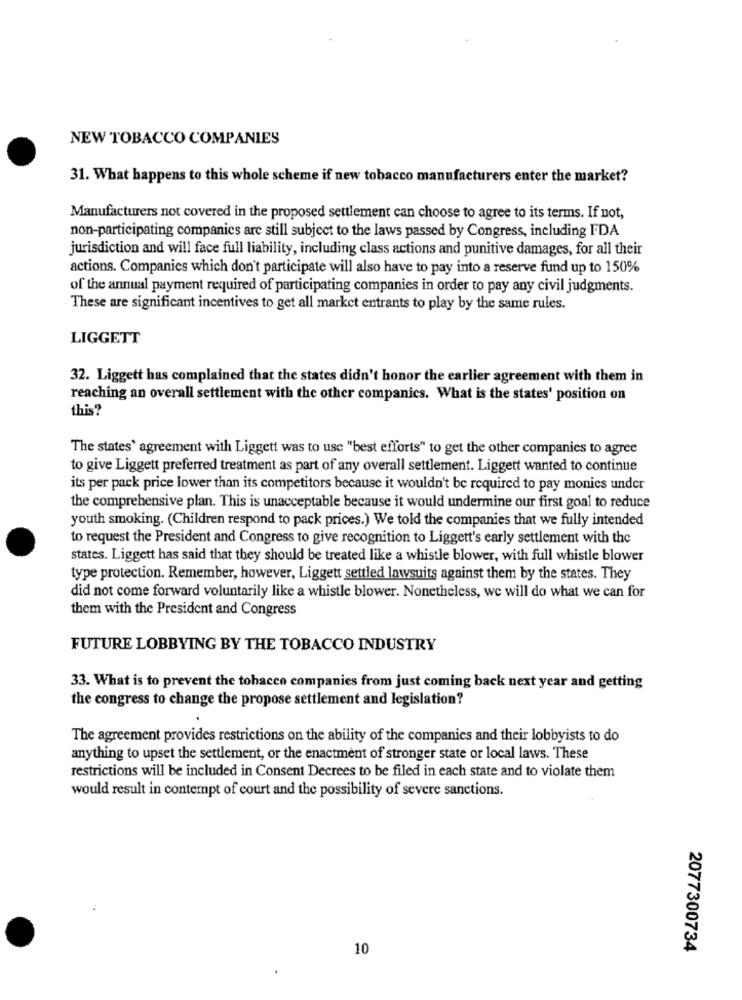
NEW TOBACCO COMPANIES
31. What happens to this whole scheme if new tobacco manufacturers enter the market?
Manufacturers not covered in the proposed settlement can choose to agree to its terms. If not,
non-participating companies are still subject to the laws passed by Congress, including FDA
jurisdiction and will face full liability, including class actions and punitive damages, for all their
actions. Companies which don't participate will also have to pay into a reserve fund up to 150%
of the annual payment required of participating companies in order to pay any civil judgments.
These are significant incentives to get all market entrants to play by the same rules.
LIGGETT
32. Liggett has complained that the states didn't honor the earlier agreement with them in
reaching an overall settlement with the other companies. What is the states' position on
this?
The states' agreement with Liggett was to use "best efforts" to get the other companies to agree
to give Liggett preferred treatment as part of any overall settlement. Liggett wanted to continue
its per pack price lower than its competitors because it wouldn't be required to pay monies under
the comprehensive plan. This is unacceptable because it would undermine our first goal to reduce
youth smoking. (Children respond to pack prices.) We told the companies that we fully intended
to request the President and Congress to give recognition to Liggett's early settlement with the
states. Liggett has said that they should be treated like a whistle blower, with full whistle blower
type protection. Remember, however, Liggett settled lawsuits against them by the states. They
did not come forward voluntarily like a whistle blower. Nonetheless, we will do what we can for
them with the President and Congress
FUTURE LOBBYING BY THE TOBACCO INDUSTRY
33. What is to prevent the tobacco companies from just coming back next year and getting
the congress to change the propose settlement and legislation?
The agreement provides restrictions on the ability of the companies and their lobbyists to do
anything to upset the settlement, or the enactment of stronger state or local laws. These
restrictions will be included in Consent Decrees to be filed in each state and to violate them
would result in contempt of court and the possibility of severe sanctions.
10
2077300734